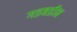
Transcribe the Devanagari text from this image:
गडबडीन